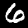
Label: 6